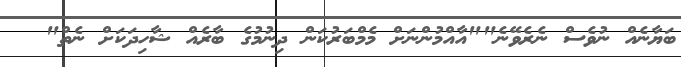
ބަޔާނެއް ނުވެސް ނެރެވޭނެ""އާއްމުންނަށް މެމްބަރުކަން ދިނުމުގެ ބާރެއް ޝާހިދަކަށް ނެތް"